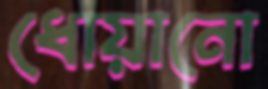
ধোয়ানো